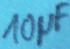
Text: 10µF